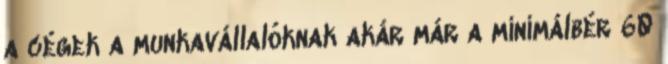
a cégek a munkavállalóknak akár már a minimálbér 60